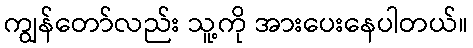
ကျွန်တော်လည်း သူ့ကို အားပေးနေပါတယ်။